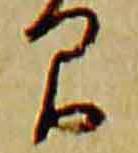
間